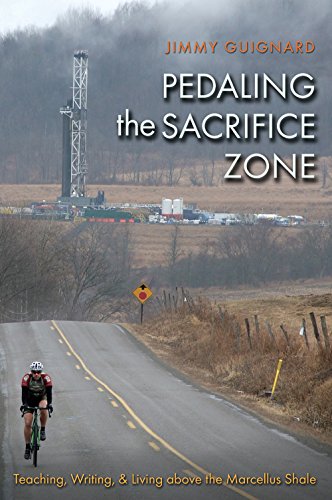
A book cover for Pedaling the Sacrifice Zone: Teaching, Writing, and Living above the Marcellus Shale (The Seventh Generation: Survival, Sustainability, Sustenance in a New Nature); Jimmy Guignard; Business & Money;